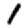
Digit: 1